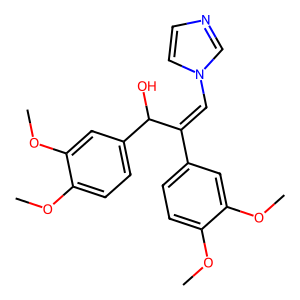
SMILES: COc1ccc(C(=Cn2ccnc2)C(O)c2ccc(OC)c(OC)c2)cc1OC
Inhibits HIV replication: No